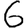
Digit: 6